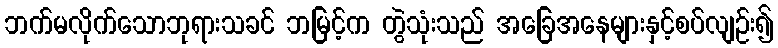
ဘက်မလိုက်သောဘုရားသခင် ဘမြင့်က တွဲသုံးသည် အခြေအနေများနှင့်စပ်လျဉ်း၍